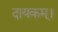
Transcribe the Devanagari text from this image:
दायकम्।